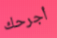
أجرحك